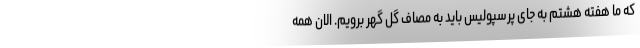
که ما هفته هشتم به جای پرسپولیس باید به مصاف گل گهر برویم. الان همه